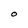
Character: O